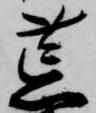
荒